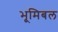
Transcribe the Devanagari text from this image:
भूमिबल